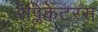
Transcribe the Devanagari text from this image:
रेप्लिकेटरस